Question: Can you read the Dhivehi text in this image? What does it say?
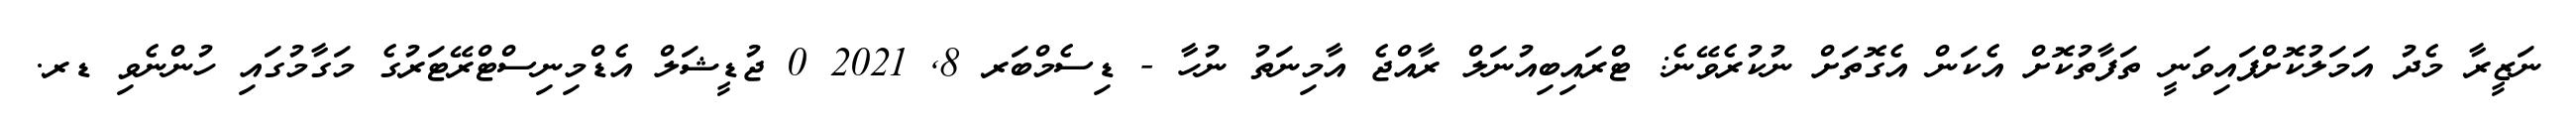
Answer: ނަޒީރާ މެދު އަމަލުކޮށްފައިވަނީ ތަފާތުކޮށް އެކަން އެގޮތަށް ނުކުރެވޭނެ: ޓްރައިބިއުނަލް ރާއްޖެ އާމިނަތު ނުހާ - ޑިސެމްބަރ 8, 2021 0 ޖުޑީޝަލް އެޑްމިނިސްޓްރޭޓަރުގެ މަގާމުގައި ހުންނެވި ޑރ.